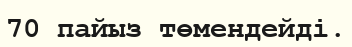
70 пайыз төмендейді.